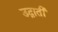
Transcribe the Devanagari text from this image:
उद्गाती